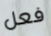
فعل